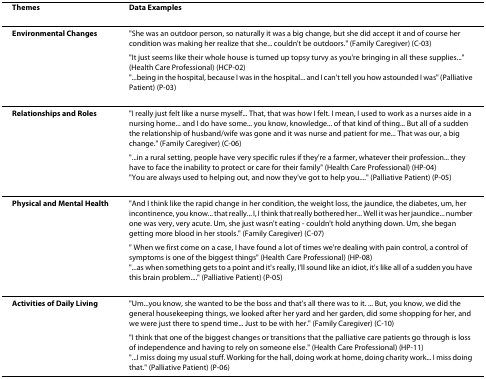
<table><thead><tr><td><b>Themes</b></td><td><b>Data Examples</b></td></tr></thead><tbody><tr><td><b>Environmental Changes</b></td><td>&quot;She was an outdoor person, so naturally it was a big change, but she did accept it and of course her condition was making her realize that she... couldn&#x27;t be outdoors.&quot; (Family Caregiver) (C-03)</td></tr><tr><td></td><td>&quot;It just seems like their whole house is turned up topsy turvy as you&#x27;re bringing in all these supplies...&quot; (Health Care Professional) (HCP-02)&quot;...being in the hospital, because I was in the hospital... and I can&#x27;t tell you how astounded I was&quot; (Palliative Patient) (P-03)</td></tr><tr><td><b>Relationships and Roles</b></td><td>&quot;I really just felt like a nurse myself... That, that was how I felt. I mean, I used to work as a nurses aide in a nursing home... and I do have some... you know, knowledge... of that kind of thing... But all of a sudden the relationship of husband/wife was gone and it was nurse and patient for me... That was our, a big change.&quot; (Family Caregiver) (C-06)</td></tr><tr><td></td><td>&quot;...in a rural setting, people have very specific rules if they&#x27;re a farmer, whatever their profession... they have to face the inability to protect or care for their family&quot; (Health Care Professional) (HP-04)&quot;You are always used to helping out, and now they&#x27;ve got to help you....&quot; (Palliative Patient) (P-05)</td></tr><tr><td><b>Physical and Mental Health</b></td><td>&quot;And I think like the rapid change in her condition, the weight loss, the jaundice, the diabetes, um, her incontinence, you know... that really... I, I think that really bothered her... Well it was her jaundice... number one was very, very acute. Um, she just wasn&#x27;t eating - couldn&#x27;t hold anything down. Um, she began getting more blood in her stools.&quot; (Family Caregiver) (C-07)</td></tr><tr><td></td><td>&quot; When we first come on a case, I have found a lot of times we&#x27;re dealing with pain control, a control of symptoms is one of the biggest things&quot; (Health Care Professional) (HP-08)&quot;...as when something gets to a point and it&#x27;s really, I&#x27;ll sound like an idiot, it&#x27;s like all of a sudden you have this brain problem....&quot; (Palliative Patient) (P-05)</td></tr><tr><td><b>Activities of Daily Living</b></td><td>&quot;Um...you know, she wanted to be the boss and that&#x27;s all there was to it. ... But, you know, we did the general housekeeping things, we looked after her yard and her garden, did some shopping for her, and we were just there to spend time... Just to be with her.&quot; (Family Caregiver) (C-10)</td></tr><tr><td></td><td>&quot;I think that one of the biggest changes or transitions that the palliative care patients go through is loss of independence and having to rely on someone else.&quot; (Health Care Professional) (HP-11)&quot;...I miss doing my usual stuff. Working for the hall, doing work at home, doing charity work... I miss doing that.&quot; (Palliative Patient) (P-06)</td></tr></tbody></table>